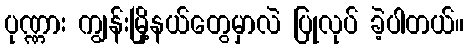
ပုဏ္ဏား ကျွန်းမြို့နယ်တွေမှာလဲ ပြုလုပ် ခဲ့ပါတယ်။